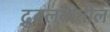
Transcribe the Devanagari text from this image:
द्रुतलयीतील